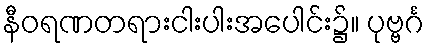
နီဝရဏတရားငါးပါးအပေါင်း၌။ ပုဗ္ဗင်္ဂ